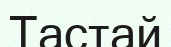
Тастай